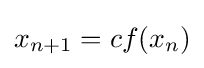
x_{n+1}=cf(x_{n})